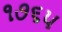
૧૭૬૫